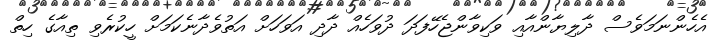
އެހެންނަމަވެސް ދާލިޔާންއާއި ވަކިވާންޖެހޭފަދަ ދުވަހެއް ދާދި އަވަހަށް އަތުވެދާނެކަމަށް ހީކުރެވި ތިއާގެ ހިތް